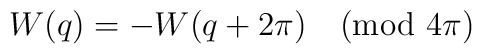
W(q)=-W(q+2\pi) \pmod{4\pi}